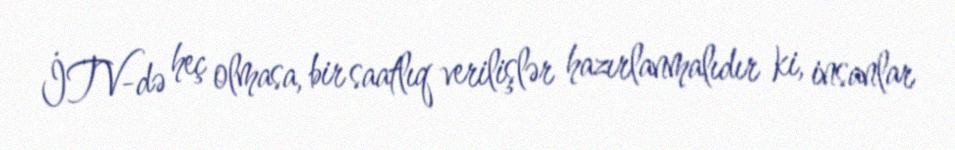
İTV-də heç olmasa, bir saatlıq verilişlər hazırlanmalıdır ki, insanlar